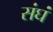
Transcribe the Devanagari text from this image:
संघं